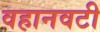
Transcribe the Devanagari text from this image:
वहानवटी